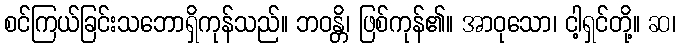
စင်ကြယ်ခြင်းသဘောရှိကုန်သည်။ ဘဝန္တိ၊ ဖြစ်ကုန်၏။ အာဝုသော၊ ငါ့ရှင်တို့။ ဆ၊